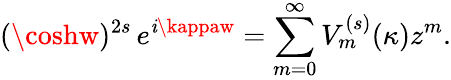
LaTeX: (\coshw)^{2s}\, e^{\mathit{i}\kappaw}=\sum_{m=0}^{\infty}V_{m}^{(s)}(\kappa)z^{m}.